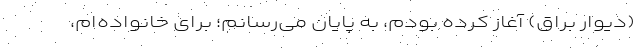
(دیوار براق) آغاز کرده بودم، به پایان می‌رسانم؛ برای خانواده‌ام،